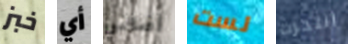
خبز أي أضافي لست انتحرت